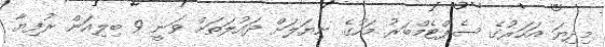
މިދިޔަ އަހަރުގެ ސެޕްޓެމްބަރު މަހުގެ ނިޔަލަށް ދައުލަތަށް ވަނީ 9 ބިލިއަން ރުފިޔާ